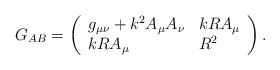
\begin{align*}G_{AB} = \left( \begin{array}{ll} g_{\mu \nu} + k^2 A_\mu A_\nu & k R A_\mu \\ k R A_\mu & R^2 \\ \end{array} \right) .\end{align*}